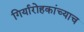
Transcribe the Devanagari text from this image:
गिर्यारोहकांच्याच